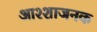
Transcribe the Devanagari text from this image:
आश्शाजनक